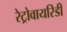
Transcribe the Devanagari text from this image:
रेट्रोवायरिडी